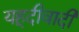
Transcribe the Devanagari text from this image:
यहूदीवादी